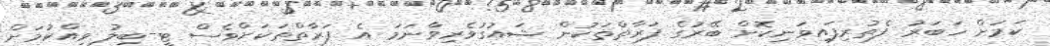
ކަމަށް ހަބަރު ފެތުރިފައިވަނިކޮށް ބޭރުގެ ފަރާތްތަކުން ޝައުގުވެރިވާނަމަ އެ ފަރާތްތަކަށްވެސް ޓީ-ބިލު ވިއްކުމަށް